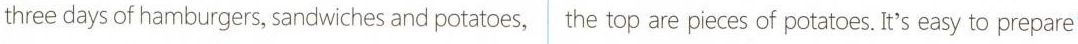
three days of hamburgers, sandwiches and potatoes, the top are pieces of potatoes. It's easy to prepare